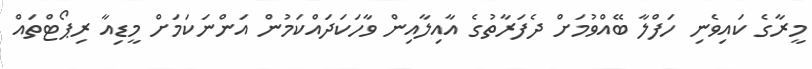
މީރާގެ ކައިވެނި ހަފްލާ ބޭއްވުމަށް ދެފަރާތުގެ އާއިލާއިން ވާހަކަދައްކަމުން އަންނަކަމަށް މީޑިއާ ރިޕޯޓްތައް